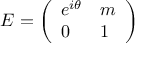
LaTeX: E = \left( \begin{array} { l l } { { e ^ { i \theta } } } & { { m } } \\ { { 0 } } & { { 1 } } \end{array} \right)